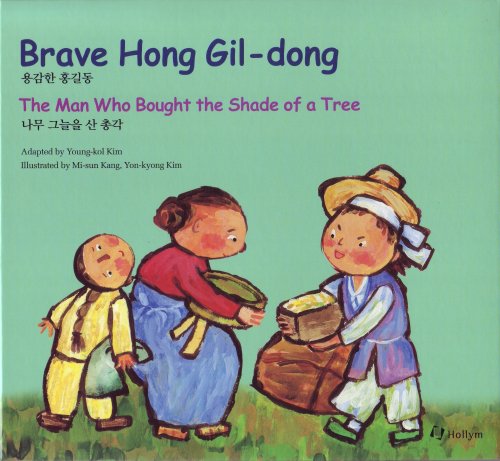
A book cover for Brave Hong Gil-Dong/the Man Who Bought the Shade of a Tree (Korean Folk Tales for Children, Vol 8); Kim Yong-Kol; Teen & Young Adult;